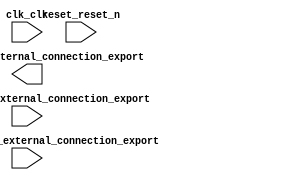

module vChip8 (
	clk_clk,
	periphery_control_external_connection_export,
	reset_reset_n,
	switch_control_external_connection_export,
	video_buffer_external_connection_export);	

	input		clk_clk;
	input	[7:0]	periphery_control_external_connection_export;
	input		reset_reset_n;
	input	[15:0]	switch_control_external_connection_export;
	output	[15:0]	video_buffer_external_connection_export;
endmodule